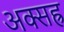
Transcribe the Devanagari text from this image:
अक्सह्र